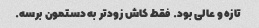
تازه و عالی بود. فقط کاش زودتر به دستمون برسه.